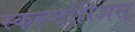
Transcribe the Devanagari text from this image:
स्कल्प्टोरिअस